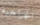
الجراحية